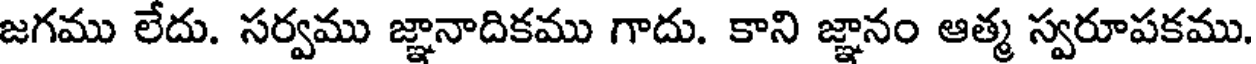
జగము లేదు. సర్వము జ్ఞానాదికము గాదు. కాని జ్ఞానం ఆత్మ స్వరూపకము